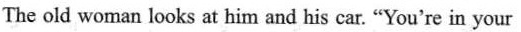
The old woman looks at him and his car."You're in your